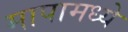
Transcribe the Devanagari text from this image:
मापामध्ये